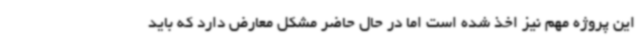
این پروژه مهم نیز اخذ شده است اما در حال حاضر مشکل معارض دارد که باید